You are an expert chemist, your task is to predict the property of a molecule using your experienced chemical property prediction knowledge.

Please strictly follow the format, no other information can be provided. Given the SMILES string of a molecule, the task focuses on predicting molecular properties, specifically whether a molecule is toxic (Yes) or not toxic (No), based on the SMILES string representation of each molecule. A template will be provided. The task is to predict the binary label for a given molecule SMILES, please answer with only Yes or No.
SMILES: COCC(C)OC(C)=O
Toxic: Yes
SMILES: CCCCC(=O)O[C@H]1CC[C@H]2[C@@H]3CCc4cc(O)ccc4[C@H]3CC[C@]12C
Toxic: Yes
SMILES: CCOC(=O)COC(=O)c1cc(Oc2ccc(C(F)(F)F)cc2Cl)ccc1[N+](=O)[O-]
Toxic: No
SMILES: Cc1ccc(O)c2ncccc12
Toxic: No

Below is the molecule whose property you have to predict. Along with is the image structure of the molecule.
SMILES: Cc1cccc([N+](=O)[O-])c1[N+](=O)[O-]
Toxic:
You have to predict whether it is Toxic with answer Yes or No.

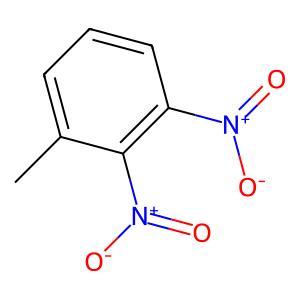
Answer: No